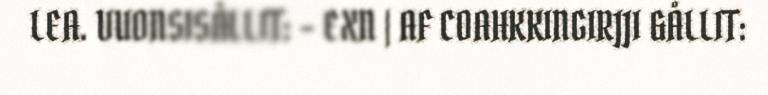
LEA. VUONSISÅLLIT: – EXN | AF COAHKKINGIRJJI &ÅLLIT: